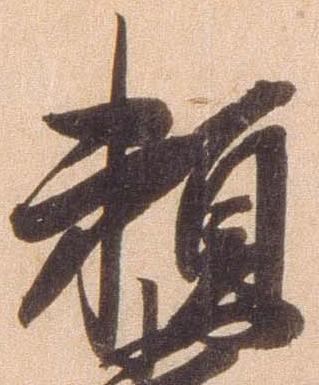
頼